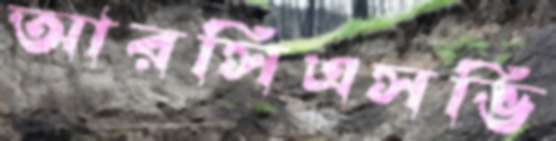
আরসিএসভি